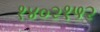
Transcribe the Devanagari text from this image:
१४०२१५२